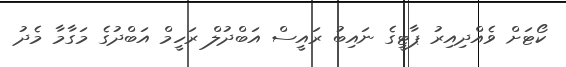
ކޯޓަށް ވެއްދިއިރު ޕާޓީގެ ނައިބު ރައީސް އަބްދުލް ރަހީމް އަބްދުގެ މަގާމާ މެދު